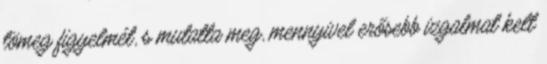
tömeg figyelmét, s mutatta meg, mennyivel erősebb izgalmat kelt